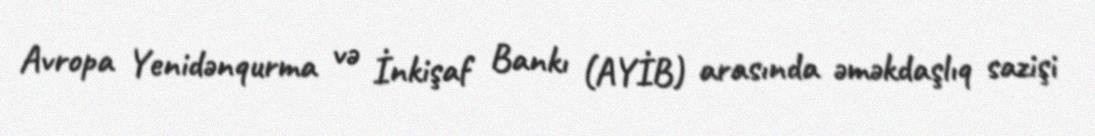
Avropa Yenidənqurma və İnkişaf Bankı (AYİB) arasında əməkdaşlıq sazişi